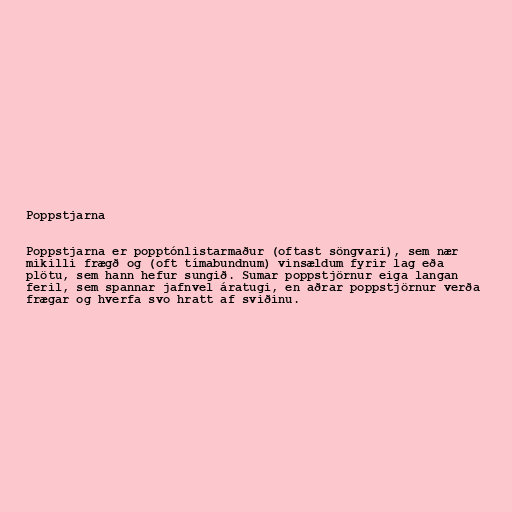
Poppstjarna

Poppstjarna er popptónlistarmaður (oftast söngvari), sem nær
mikilli frægð og (oft tímabundnum) vinsældum fyrir lag eða
plötu, sem hann hefur sungið. Sumar poppstjörnur eiga langan
feril, sem spannar jafnvel áratugi, en aðrar poppstjörnur verða
frægar og hverfa svo hratt af sviðinu.